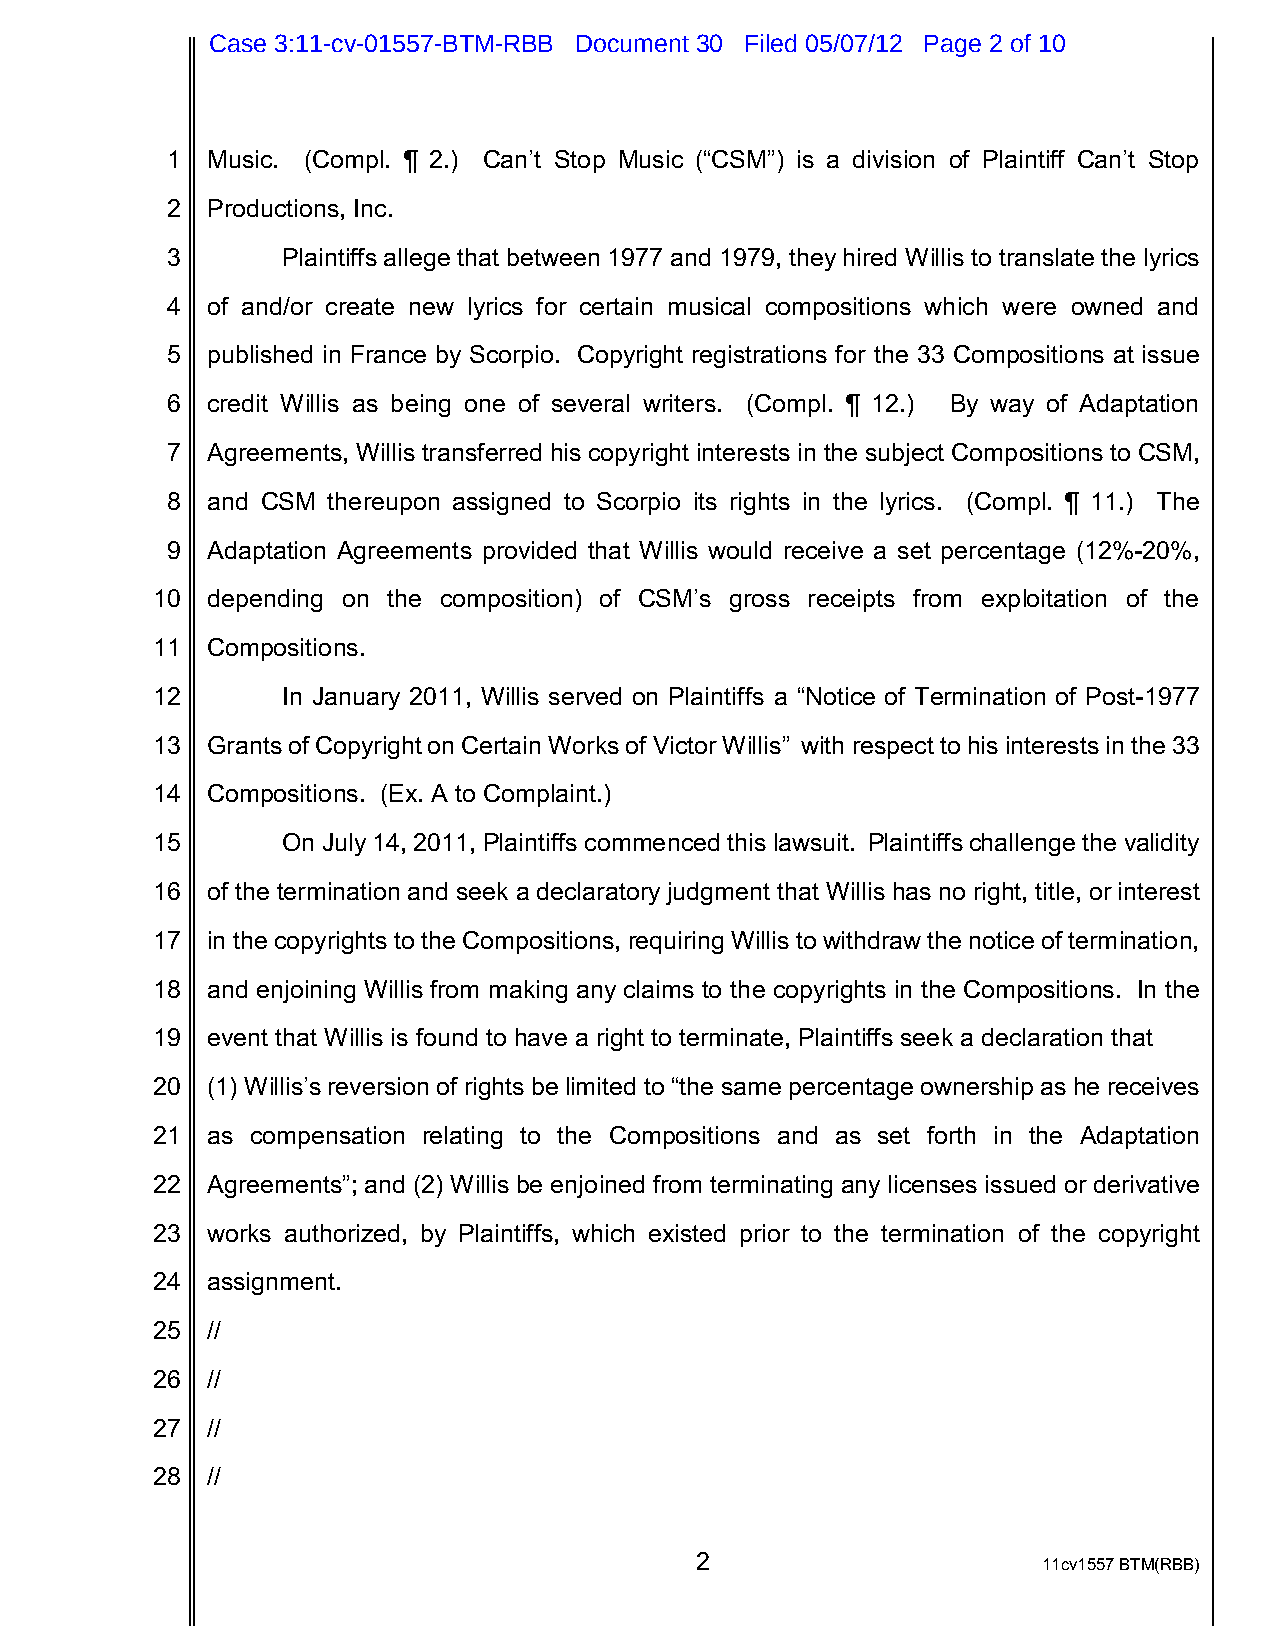
Case 3:11-cv-01557-BTM-RBB Document 30 Filed 05/07/12 Page 2 of 10
 1  Music. (Compl. ¶ 2.) Can’t Stop Music (“CSM”) is a division of Plaintiff Can’t Stop
 2  Productions, Inc.
 3       Plaintiffs allege that between 1977 and 1979, they hired Willis to translate the lyrics
 4  of and/or create new lyrics for certain musical compositions which were owned and
 5  published in France by Scorpio. Copyright registrations for the 33 Compositions at issue
 6  credit Willis as being one of several writers. (Compl. ¶ 12.) By way of Adaptation
 7  Agreements, Willis transferred his copyright interests in the subject Compositions to CSM,
 8  and CSM thereupon assigned to Scorpio its rights in the lyrics. (Compl. ¶ 11.) The
 9  Adaptation Agreements provided that Willis would receive a set percentage (12%-20%,
 10  depending on the composition) of CSM’s gross receipts from exploitation of the
 11  Compositions.
 12       In January 2011, Willis served on Plaintiffs a “Notice of Termination of Post-1977
 13  Grants of Copyright on Certain Works of Victor Willis” with respect to his interests in the 33
 14  Compositions. (Ex. A to Complaint.)
 15       On July 14, 2011, Plaintiffs commenced this lawsuit. Plaintiffs challenge the validity
 16  of the termination and seek a declaratory judgment that Willis has no right, title, or interest
 17  in the copyrights to the Compositions, requiring Willis to withdraw the notice of termination,
 18  and enjoining Willis from making any claims to the copyrights in the Compositions. In the
 19  event that Willis is found to have a right to terminate, Plaintiffs seek a declaration that
 20  (1) Willis’s reversion of rights be limited to “the same percentage ownership as he receives
 21  as compensation relating to the Compositions and as set forth in the Adaptation
 22  Agreements”; and (2) Willis be enjoined from terminating any licenses issued or derivative
 23  works authorized, by Plaintiffs, which existed prior to the termination of the copyright
 24  assignment.
 25  //
 26  //
 27  //
 28  //
 2                      11cv1557 BTM(RBB)